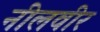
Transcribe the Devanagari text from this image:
नीलवीर